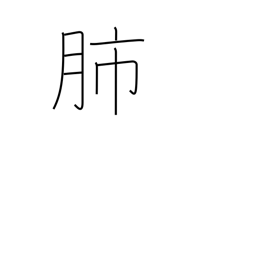
Meaning: lungs